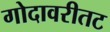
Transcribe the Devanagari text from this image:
गोदावरीतट